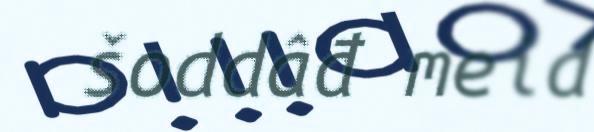
šoddâđ meid